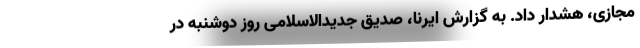
مجازی، هشدار داد. به گزارش ایرنا، صدیق جدیدالاسلامی روز دوشنبه در